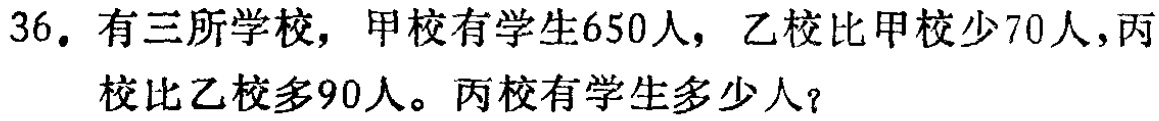
36. 有三所学校，甲校有学生650人，乙校比甲校少70人，丙校比乙校多90人。丙校有学生多少人？